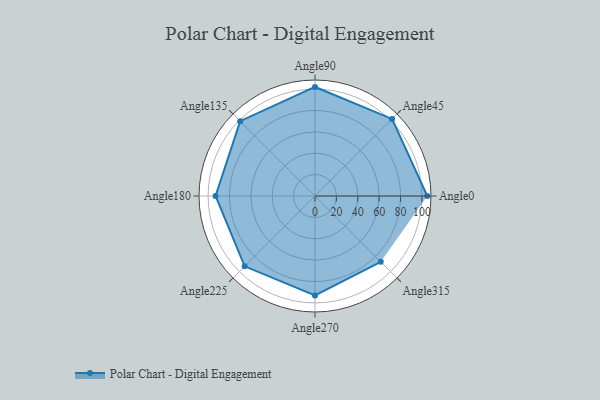
{"axis": {"x": "Angle", "y": "Radius"}, "legend": [""], "data": [{"x": "Angle0", "y": 105.0, "type": ""}, {"x": "Angle45", "y": 102.0, "type": ""}, {"x": "Angle90", "y": 102.0, "type": ""}, {"x": "Angle135", "y": 99.0, "type": ""}, {"x": "Angle180", "y": 93.0, "type": ""}, {"x": "Angle225", "y": 93.0, "type": ""}, {"x": "Angle270", "y": 93.0, "type": ""}, {"x": "Angle315", "y": 87.0, "type": ""}]}